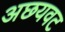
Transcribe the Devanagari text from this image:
अछयवट